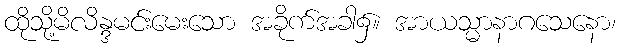
ထိုသို့မိလိန္ဒမင်းမေးသော အခိုက်အခါ၌။ အာယသ္မာနာဂသေနော၊